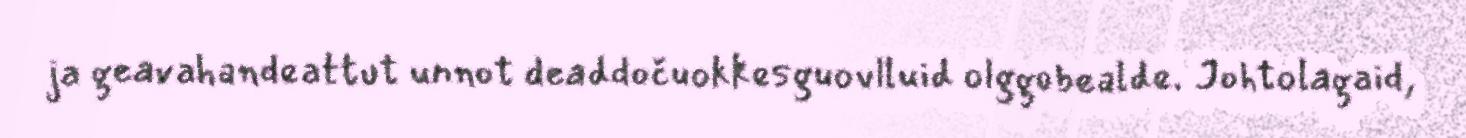
ja geavahandeattut unnot deaddočuokkesguovlluid olggobealde. Johtolagaid,